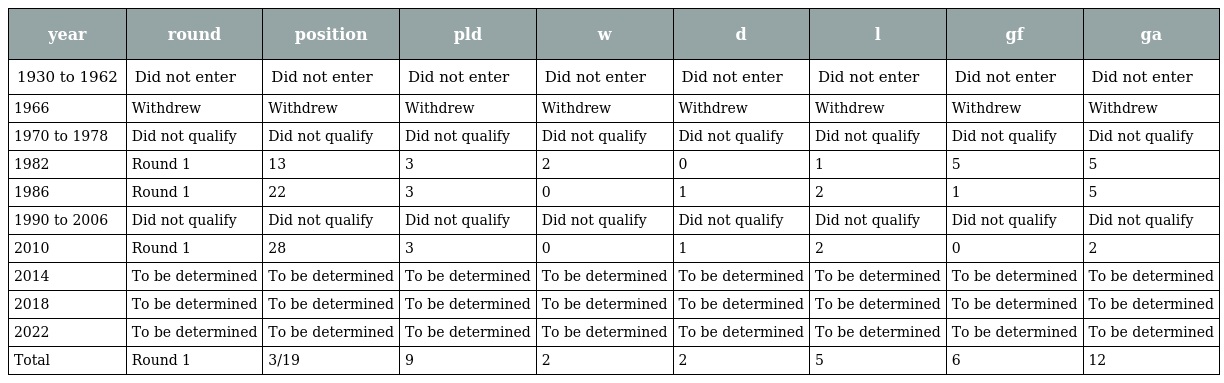
| year | round | position | pld | w | d | l | gf | ga |
 | --- | --- | --- | --- | --- | --- | --- | --- | --- |
 | 1930 to 1962 | Did not enter | Did not enter | Did not enter | Did not enter | Did not enter | Did not enter | Did not enter | Did not enter |
 | 1966 | Withdrew | Withdrew | Withdrew | Withdrew | Withdrew | Withdrew | Withdrew | Withdrew |
 | 1970 to 1978 | Did not qualify | Did not qualify | Did not qualify | Did not qualify | Did not qualify | Did not qualify | Did not qualify | Did not qualify |
 | 1982 | Round 1 | 13 | 3 | 2 | 0 | 1 | 5 | 5 |
 | 1986 | Round 1 | 22 | 3 | 0 | 1 | 2 | 1 | 5 |
 | 1990 to 2006 | Did not qualify | Did not qualify | Did not qualify | Did not qualify | Did not qualify | Did not qualify | Did not qualify | Did not qualify |
 | 2010 | Round 1 | 28 | 3 | 0 | 1 | 2 | 0 | 2 |
 | 2014 | To be determined | To be determined | To be determined | To be determined | To be determined | To be determined | To be determined | To be determined |
 | 2018 | To be determined | To be determined | To be determined | To be determined | To be determined | To be determined | To be determined | To be determined |
 | 2022 | To be determined | To be determined | To be determined | To be determined | To be determined | To be determined | To be determined | To be determined |
 | Total | Round 1 | 3/19 | 9 | 2 | 2 | 5 | 6 | 12 |